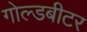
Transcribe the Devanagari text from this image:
गोल्डबीटर